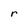
Character: r